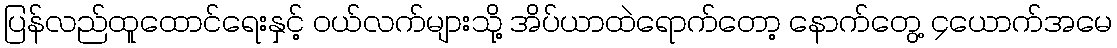
ပြန်လည်ထူထောင်ရေးနှင့် ဝယ်လက်များသို့ အိပ်ယာထဲရောက်တော့ နောက်တွေ့ ၄ယောက်အမေ